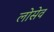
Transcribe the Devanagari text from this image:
लोसेव